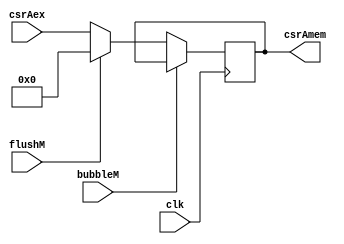
`timescale 1ns / 1ps
//////////////////////////////////////////////////////////////////////////////////
// Company: USTC 
// 
// Design Name: RV32I Core
// Module Name: csrAex
// Tool Versions: Vivado 2017.4.1
// Description: write back CSR Register's address 
// 
//////////////////////////////////////////////////////////////////////////////////


//  
    //  EX\MEM csr wirte back address
// 
    // clk               
    //csrALU_out         csrALUexcsr
    // bubbleM           MEMbubble
    // flushM            MEMflush
// 
    // csrRegmem2       CSR
// 
    // 

module csrAddrex(
    input wire clk, bubbleM, flushM,
    input wire [11:0] csrAex,
    output reg [11:0] csrAmem
    );

    initial csrAmem = 0;
    
    always@(posedge clk)
        if (!bubbleM) 
        begin
            if (flushM)
                csrAmem <= 0;
            else 
                csrAmem <= csrAex;
        end
    
endmodule